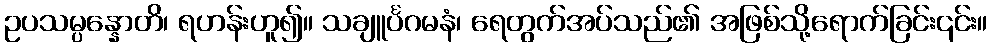
ဥပသမ္ပန္နောတိ၊ ရဟန်းဟူ၍။ သချူင်္ပဂမနံ၊ ရေတွက်အပ်သည်၏ အဖြစ်သို့ရောက်ခြင်း၎င်း။